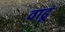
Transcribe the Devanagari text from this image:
वाढूं